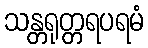
သန္တရုတ္တရပရမံ